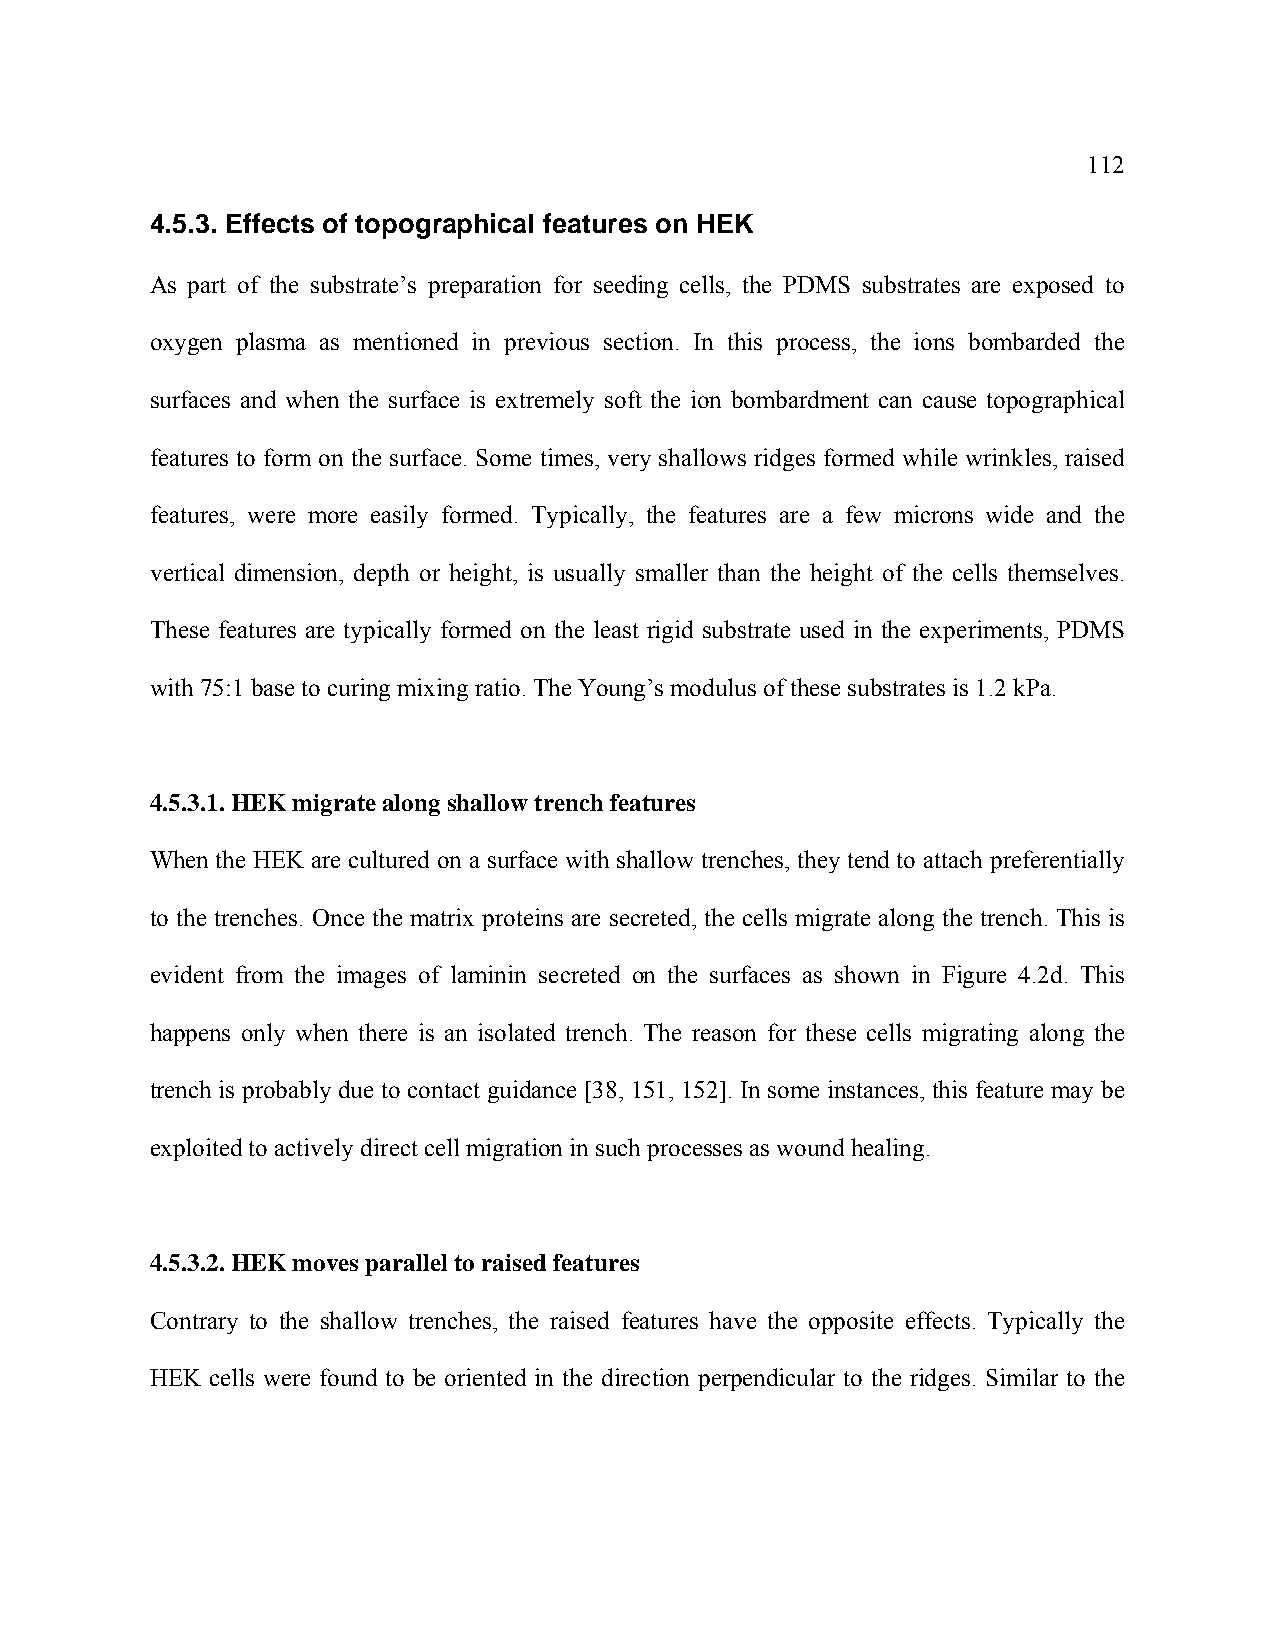
112
 4.5.3. Effects of topographical features on HEK
 As part of the substrate’s preparation for seeding cells, the PDMS substrates are exposed to
 oxygen plasma as mentioned in previous section. In this process, the ions bombarded the
 surfaces and when the surface is extremely soft the ion bombardment can cause topographical
 features to form on the surface. Some times, very shallows ridges formed while wrinkles, raised
 features, were more easily formed. Typically, the features are a few microns wide and the
 vertical dimension, depth or height, is usually smaller than the height of the cells themselves.
 These features are typically formed on the least rigid substrate used in the experiments, PDMS
 with 75:1 base to curing mixing ratio. The Young’s modulus of these substrates is 1.2 kPa.
 4.5.3.1. HEK migrate along shallow trench features
 When the HEK are cultured on a surface with shallow trenches, they tend to attach preferentially
 to the trenches. Once the matrix proteins are secreted, the cells migrate along the trench. This is
 evident from the images of laminin secreted on the surfaces as shown in Figure 4.2d. This
 happens only when there is an isolated trench. The reason for these cells migrating along the
 trench is probably due to contact guidance [38, 151, 152]. In some instances, this feature may be
 exploited to actively direct cell migration in such processes as wound healing.
 4.5.3.2. HEK moves parallel to raised features
 Contrary to the shallow trenches, the raised features have the opposite effects. Typically the
 HEK cells were found to be oriented in the direction perpendicular to the ridges. Similar to the